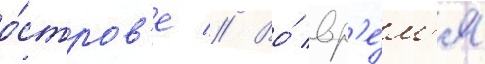
о́стров'е // Во́ вр'е́м'я